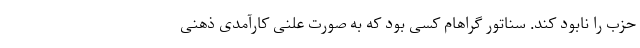
حزب را نابود کند. سناتور گراهام کسی بود که به صورت علنی کارآمدی ذهنی